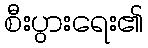
စီးပွားရေး၏